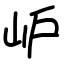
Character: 𡵘